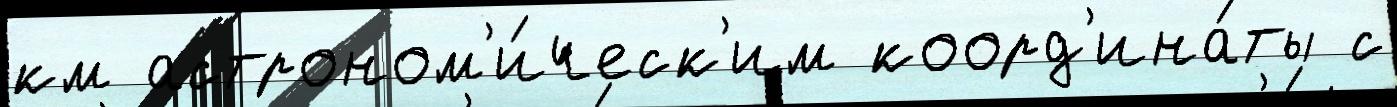
км астроном'и́ческ'им коорд'ина́ты с